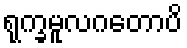
ရုက္ခမူလဂတောပိ